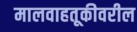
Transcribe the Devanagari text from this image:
मालवाहतूकीवरील